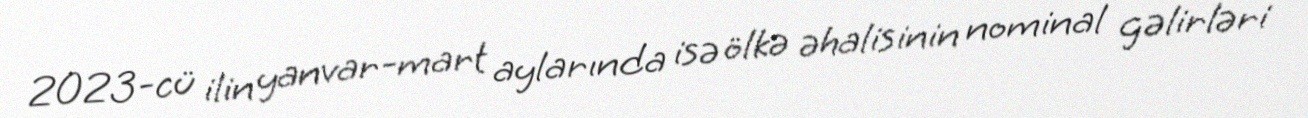
2023-cü ilin yanvar-mart aylarında isə ölkə əhalisinin nominal gəlirləri